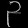
Digit: ၃